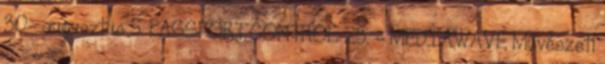
30- augusztus 5. PASSPORT CONTROL 23. - MEDIAWAVE Művészeti